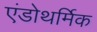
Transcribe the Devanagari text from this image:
एंडोथर्मिक